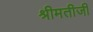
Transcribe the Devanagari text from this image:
श्रीमतीजी